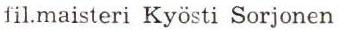
fil.maisteri Kyösti Sorjonen